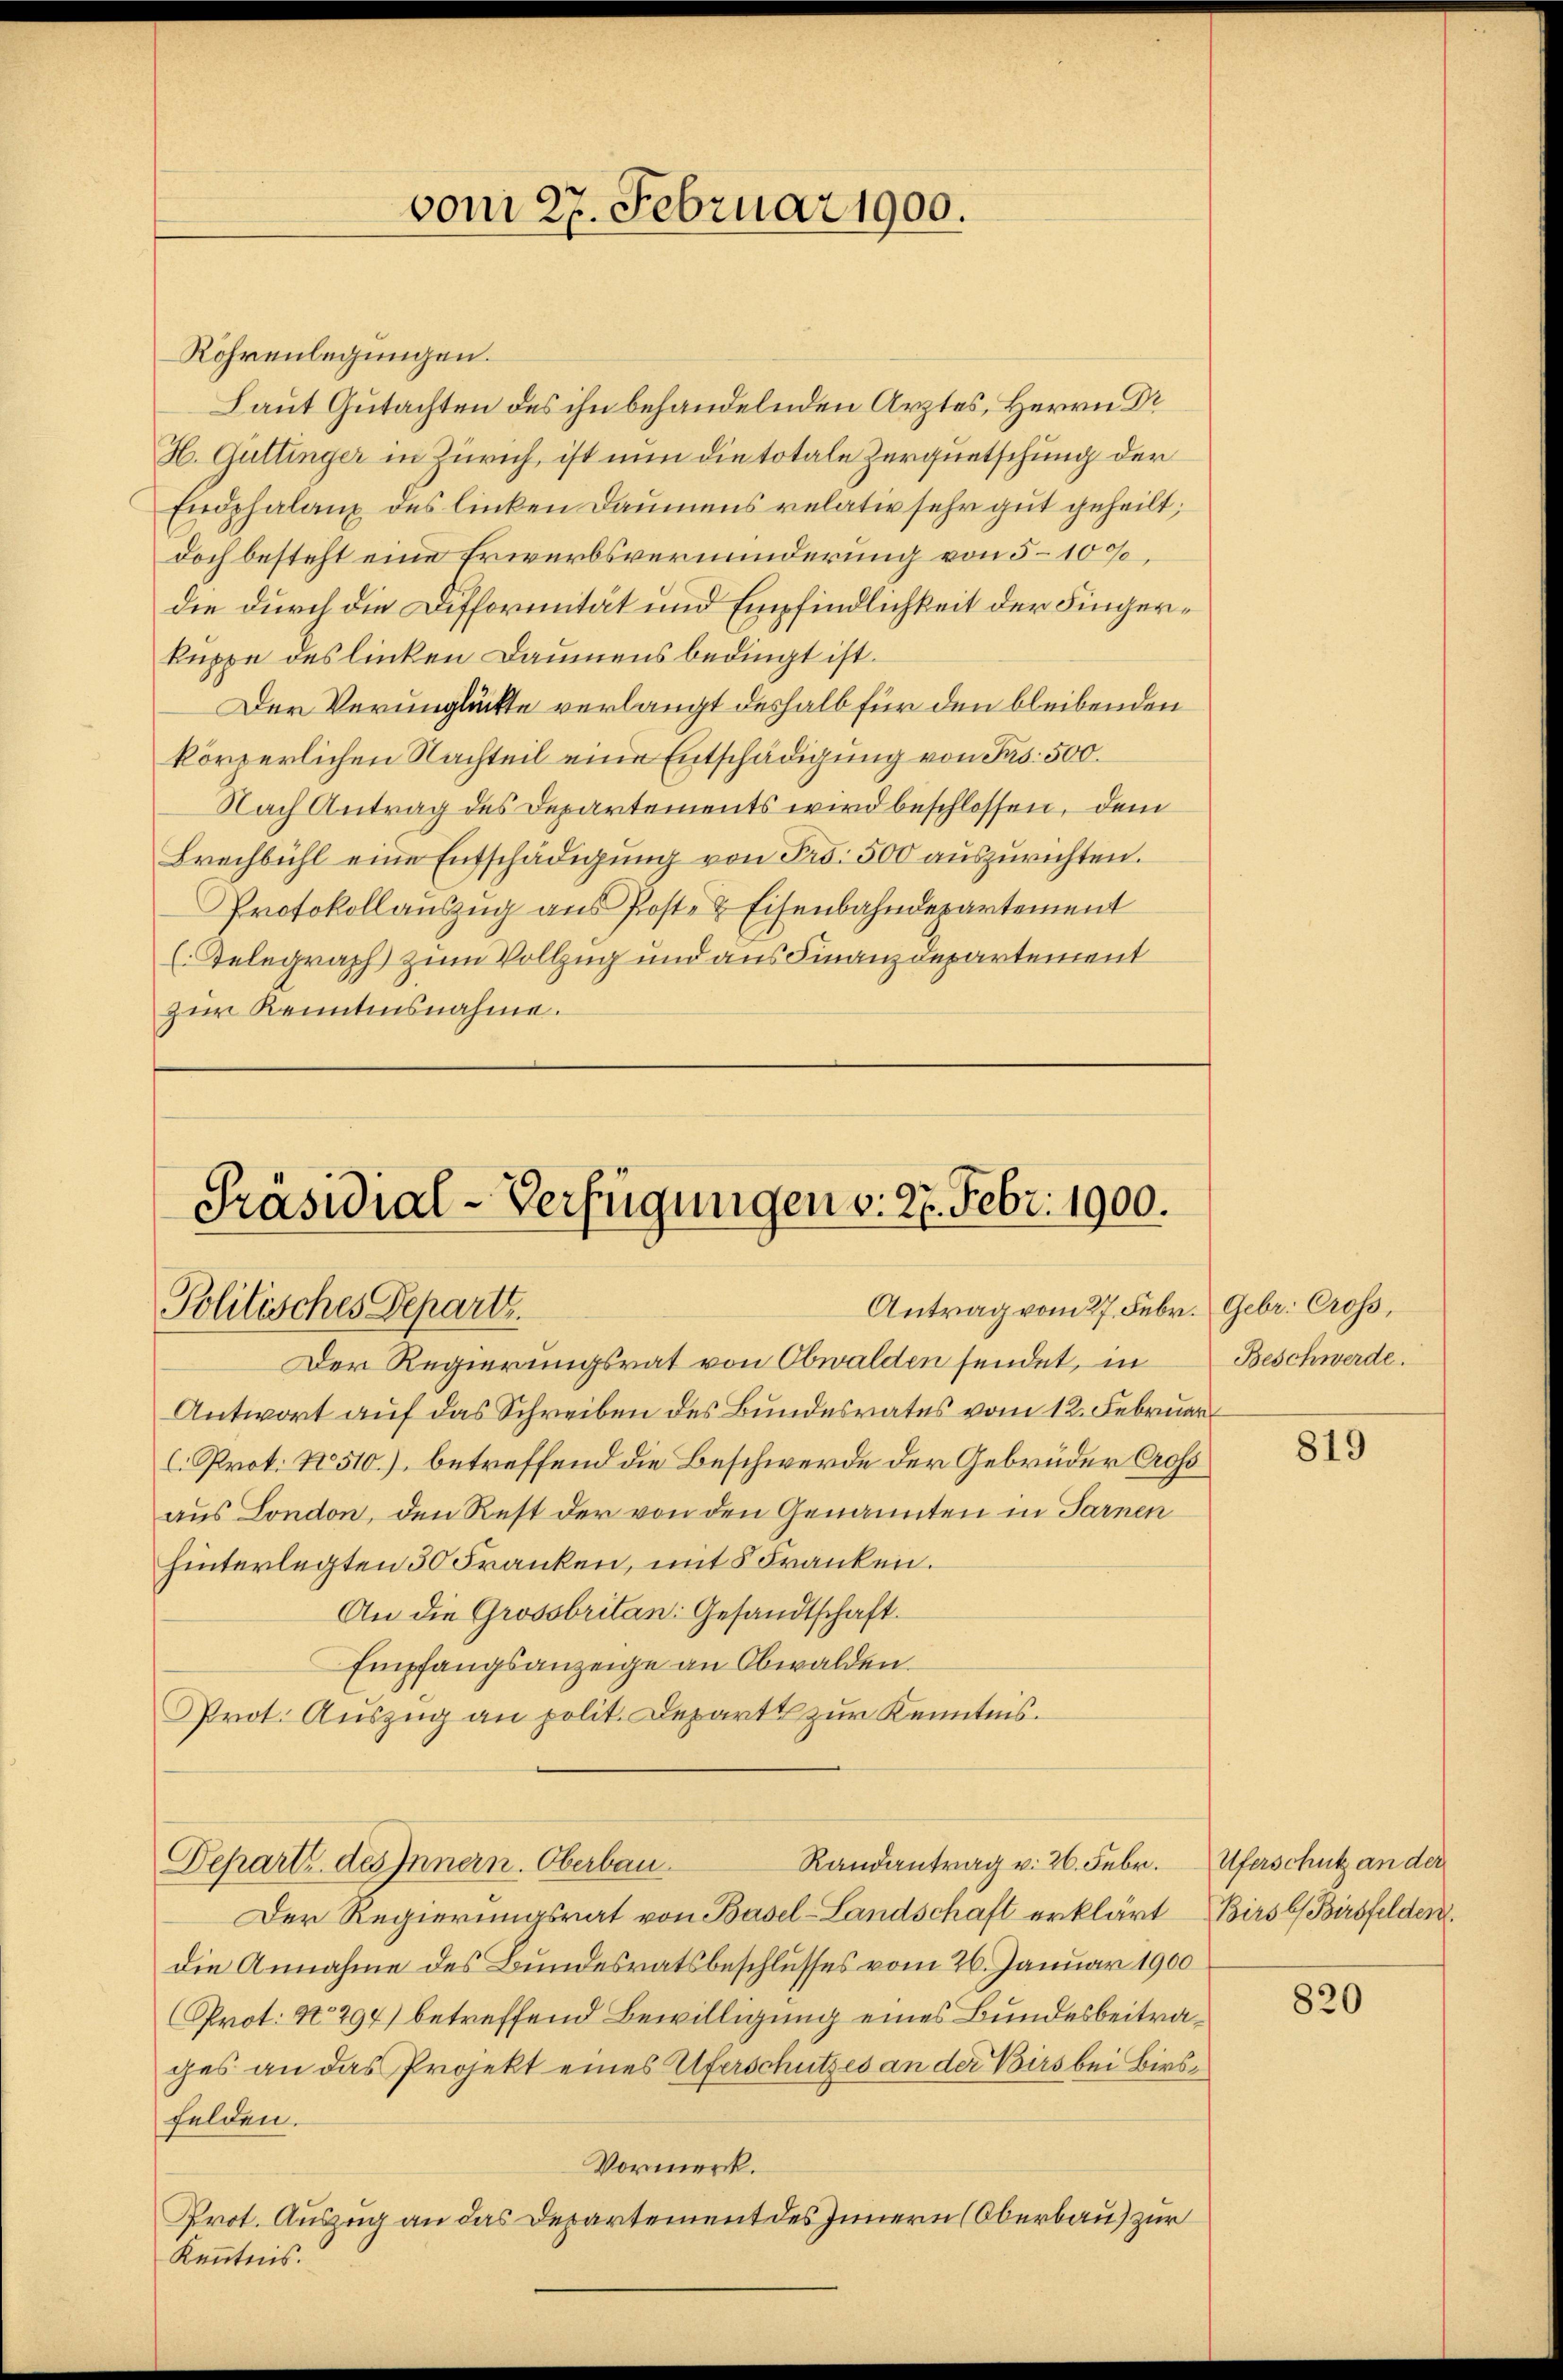
vom 27. Februar 1900.

Röhrenlegungen.
Laut Gutachten des ihn behandelnden Arztes, Herrn Dr
H. Güttinger in Zürich, ist nun die totale Zerquetschung der
Endphalanz des linken Daumens relativ sehr gut geheilt,
doch besteht eine Erwerbsverminderung von 5–100.
die durch die Difformität und Empfindlichkeit der Fingerkuppe des linken Daumens bedingt ist.
Der Verunglückte verlangt deshalb für den bleibenden
körperlichen Nachteil eine Entschädigung von Frs. 500.
Nach Antrag des Departements wird beschlossen, dem
Brechbühl eine Entschädigung von Frs. 500 auszurichten.
Protokollauszug aus Post- & Eisenbahndepartement
(Telegraph zum Vollzug und aus Finanzdepartement
zŭr Kenntnisnahme.

Präsidial-Verfügungen v. 27. Febr. 1900.
Antrag vom 27. Febr. Gebr. Cross,
Politisches Departs.

Der Regierungsrat von Obwalden sendet, in
Antwort auf das Schreiben des Bundesrates vom 12. Februar
C. Prot. No 510.) betreffend die Beschwerde der Gebrüder Cross
aus London, den Rest der von den Genannten in Sarnen
hinterlegten 30 Franken, mit 5 Franken.
An die Grossbritan: Gesandtschaft.
Empfangsanzeige an Obwalden.
Prot. Auszug an polit. Depart zur Kenntnis.
Randantrag v. 26. Febr.
Depart des Innern. Oberbau.
Der Regierungsrat von Basel-Landschaft erklärt BirsbBirsfelden
die Annahme des Bundesratsbeschlusses vom 26. Januar 1900
Prot. No. 294) betreffend Bewilligung eines Bundesbeitrages an das Projekt eines Uferschutzes an der Voirs bei Birsfelden.
Vormerk.
Prot. Auszug an das Departement des Innern (Oberbau) zur
Kenntnis.

Beschwerde.

819

Uferschutz an der

820